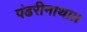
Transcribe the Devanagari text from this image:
पंढरीनाथा।।